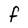
Character: F